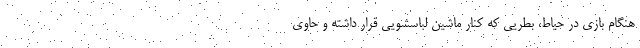
هنگام بازی در حیاط، بطریی که کنار ماشین لباسشویی قرار داشته و حاوی